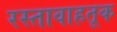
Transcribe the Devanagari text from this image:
रस्तावाहतूक